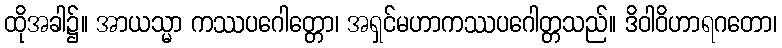
ထိုအခါ၌။ အာယသ္မာ ကဿပဂေါတ္တော၊ အရှင်မဟာကဿပဂေါတ္တသည်။ ဒိဝါဝိဟာရဂတော၊